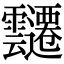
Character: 𮧀